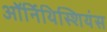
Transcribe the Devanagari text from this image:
ऑर्निथिस्शियंस